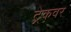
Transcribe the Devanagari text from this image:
ट्रेकवर